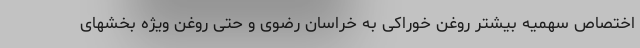
اختصاص سهمیه بیشتر روغن خوراکی به خراسان رضوی و حتی روغن ویژه بخشهای